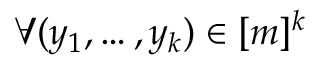
\forall ( y _ { 1 } , \dots , y _ { k } ) \in [ m ] ^ { k }